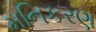
મનિકરણ